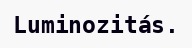
Luminozitás.